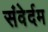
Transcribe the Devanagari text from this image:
संवेर्दम